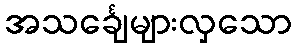
အသင်္ချေများလှသော